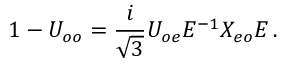
1 - U _ { o o } = \frac { i } { \sqrt { 3 } } U _ { o e } E ^ { - 1 } X _ { e o } E \, .